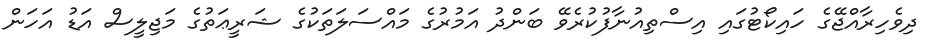
ދިވެހިރާއްޖޭގެ ހައިކޯޓުގައި އިސްތިއުނާފުކުރެވޭ ބަންދު އަމުރުގެ މައްސަލަތަކުގެ ޝަރީޢަތުގެ މަޖިލީސް އަޑު އަހަން